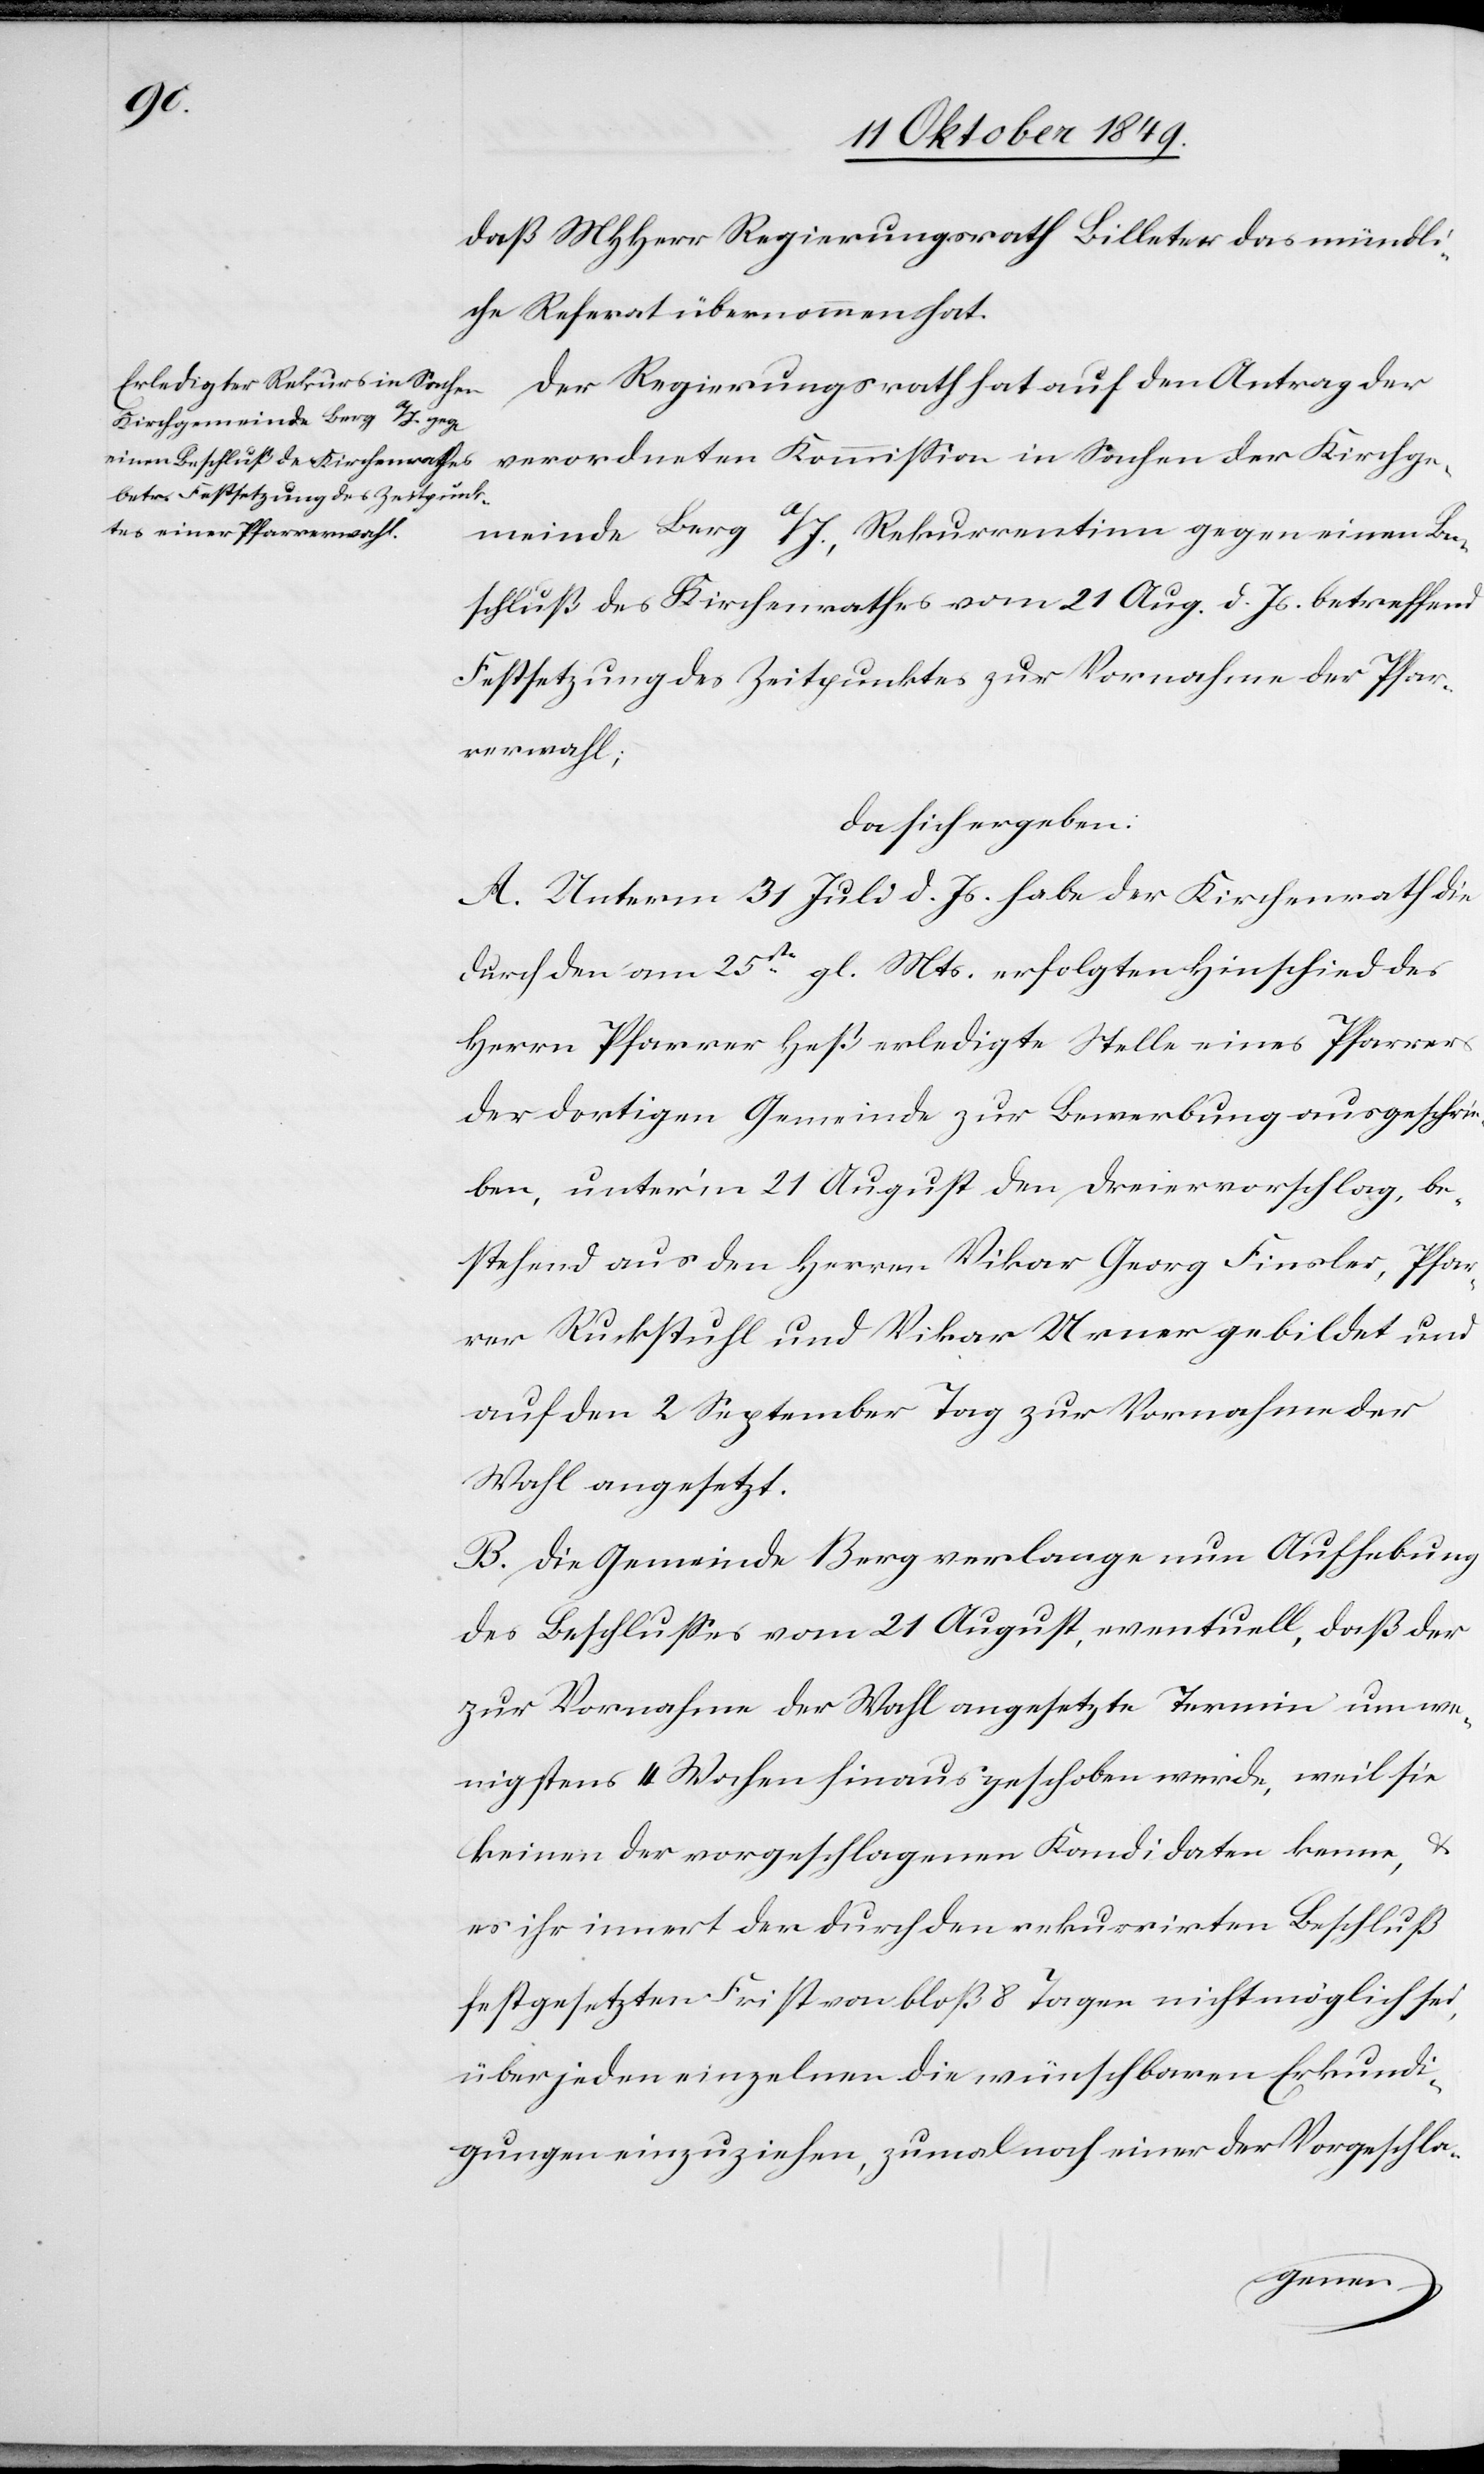
daß MHHerr Regierungsrath Billeter das mündli¬
che Referat übernommen hat.
Der Regierungsrath hat auf den Antrag der
verordneten Kommißion in Sachen der Kirchge¬
meinde Berg a./J., Rekurrenten gegen einen Be¬
schluß des Kirchenrathes vom 21 Aug. d. Js. betreffend
Festsetzung des Zeitpunktes zur Vornahme der Pfar¬
rerwahl;
da sich ergeben:
A. Unterm 31 Juli d. Js. habe der Kirchenrath die
durch den am 25sten gl. Mts. erfolgten Hinschied des
Herrn Pfarrer Heß erledigte Stelle eines Pfarrers
der dortigen Gemeinde zur Bewerbung ausgeschrie¬
ben, unter’m 21 August den Dreiervorschlag, be¬
stehend aus den Herrn Vikar Georg Finsler, Pfar¬
rer Ruckstuhl und Vikar Urner gebildet und
auf den 2 September Tag zur Vornahme der
Wahl angesetzt.
B. Die Gemeinde Berg verlange nun Aufhebung
des Beschlußes vom 21 August, eventuell, daß der
zur Vornahme der Wahl angesetzte Termin um we¬
nigstens 4 Wochen hinaus geschoben werde, weil sie
keinen der vorgeschlagenen Kandidaten kenne, u.
es ihr innert der durch den rekurrirten Beschluß
festgesetzten Frist von bloß 8 Tagen nicht möglich sei,
über jeden einzelnen die wünschbaren Erkundi¬
gungen einzuziehen, zumal noch einer der Vorgeschla-